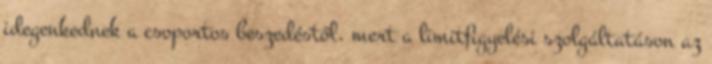
idegenkednek a csoportos beszedéstől, mert a limitfigyelési szolgáltatáson az